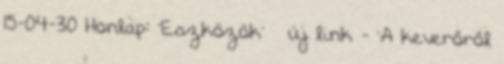
15-04-30 Honlap: 'Eszközök' » új link - 'A keverőről